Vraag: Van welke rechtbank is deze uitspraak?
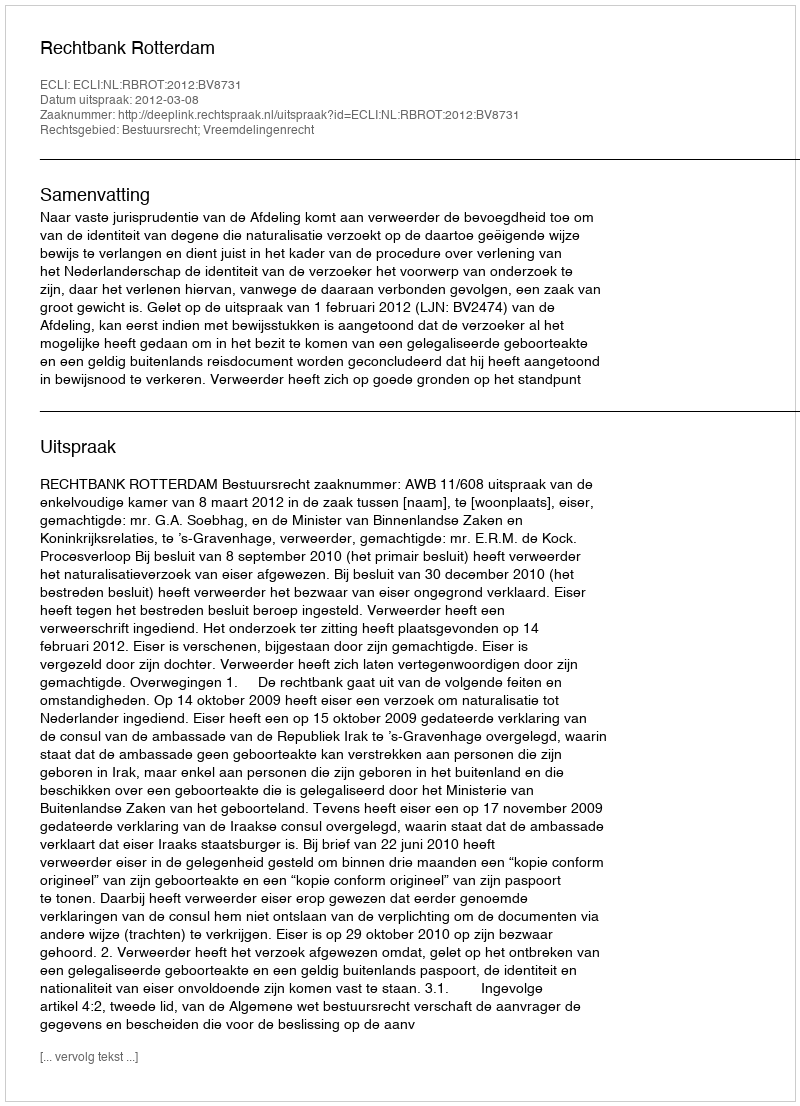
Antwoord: Rechtbank Rotterdam